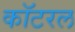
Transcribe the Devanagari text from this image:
कॉटरल